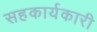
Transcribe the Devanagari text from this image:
सहकार्यकारी